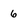
Character: 6